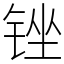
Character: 锉